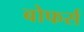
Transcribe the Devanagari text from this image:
बोफर्स